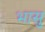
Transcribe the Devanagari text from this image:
भासु